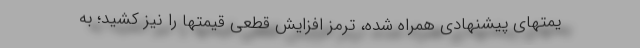
یمتهای پیشنهادی همراه شده، ترمز افزایش قطعی قیمتها را نیز کشید؛ به